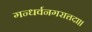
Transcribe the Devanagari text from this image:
गन्धर्वनगरात्तदा॥